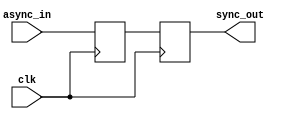
module sync2(input async_in, input clk, output reg sync_out);
   reg q;

   always @(posedge clk)
     {sync_out, q} <= {q, async_in};

endmodule